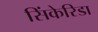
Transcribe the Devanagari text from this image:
सिंकेरिडा